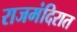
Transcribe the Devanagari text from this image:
राजमंदिरात